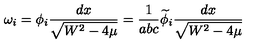
\omega _ { i } = \phi _ { i } \frac { d x } { \sqrt { W ^ { 2 } - 4 \mu } } = \frac { 1 } { a b c } \widetilde { \phi } _ { i } \frac { d x } { \sqrt { W ^ { 2 } - 4 \mu } }